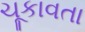
ચૂકાવતા